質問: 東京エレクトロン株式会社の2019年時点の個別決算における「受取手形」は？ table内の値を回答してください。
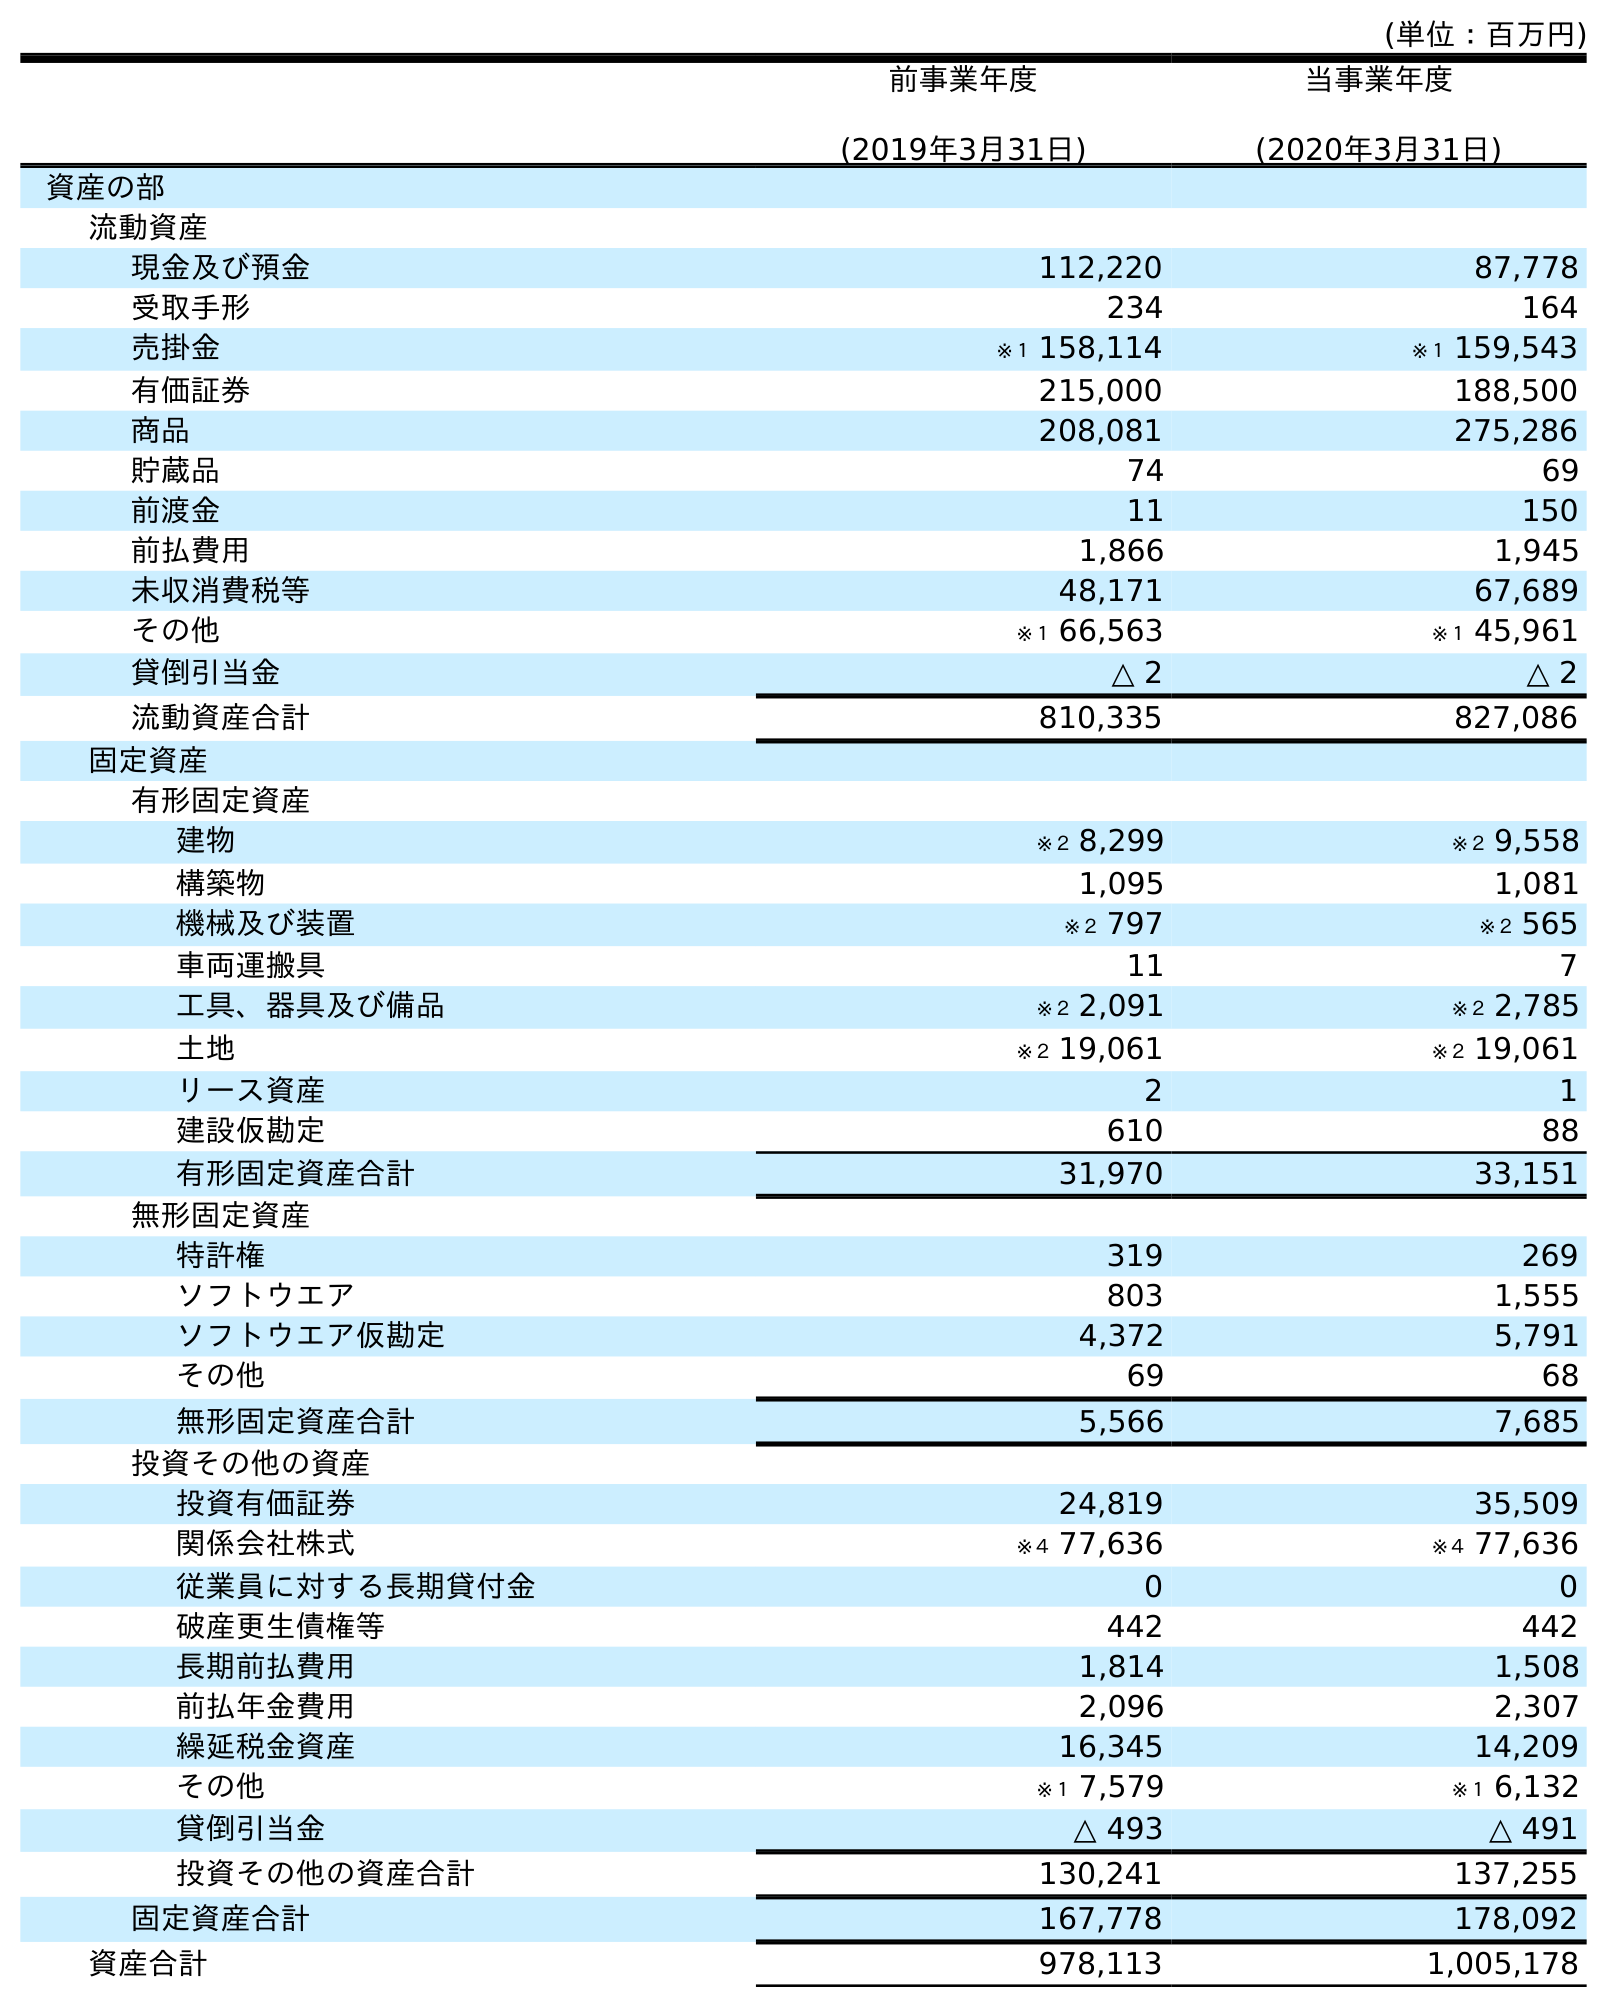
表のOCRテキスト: (単位：百万円) 前事業年度 (2019年3月31日) 当事業年度 (2020年3月31日) 資産の部 流動資産 現金及び預金 112,220 87,778 受取手形 234 164 売掛金 ※１ 158,114 ※１ 159,543 有価証券 215,000 188,500 商品 208,081 275,286 貯蔵品 74 69 前渡金 11 150 前払費用 1,866 1,945 未収消費税等 48,171 67,689 その他 ※１ 66,563 ※１ 45,961 貸倒引当金 △ 2 △ 2 流動資産合計 810,335 827,086 固定資産 有形固定資産 建物 ※２ 8,299 ※２ 9,558 構築物 1,095 1,081 機械及び装置 ※２ 797 ※２ 565 車両運搬具 11 7 工具、器具及び備品 ※２ 2,091 ※２ 2,785 土地 ※２ 19,061 ※２ 19,061 リース資産 2 1 建設仮勘定 610 88 有形固定資産合計 31,970 33,151 無形固定資産 特許権 319 269 ソフトウエア 803 1,555 ソフトウエア仮勘定 4,372 5,791 その他 69 68 無形固定資産合計 5,566 7,685 投資その他の資産 投資有価証券 24,819 35,509 関係会社株式 ※４ 77,636 ※４ 77,636 従業員に対する長期貸付金 0 0 破産更生債権等 442 442 長期前払費用 1,814 1,508 前払年金費用 2,096 2,307 繰延税金資産 16,345 14,209 その他 ※１ 7,579 ※１ 6,132 貸倒引当金 △ 493 △ 491 投資その他の資産合計 130,241 137,255 固定資産合計 167,778 178,092 資産合計 978,113 1,005,178
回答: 234